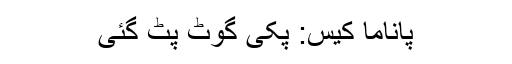
پاناما کیس: پکی گوٹ پٹ گئی